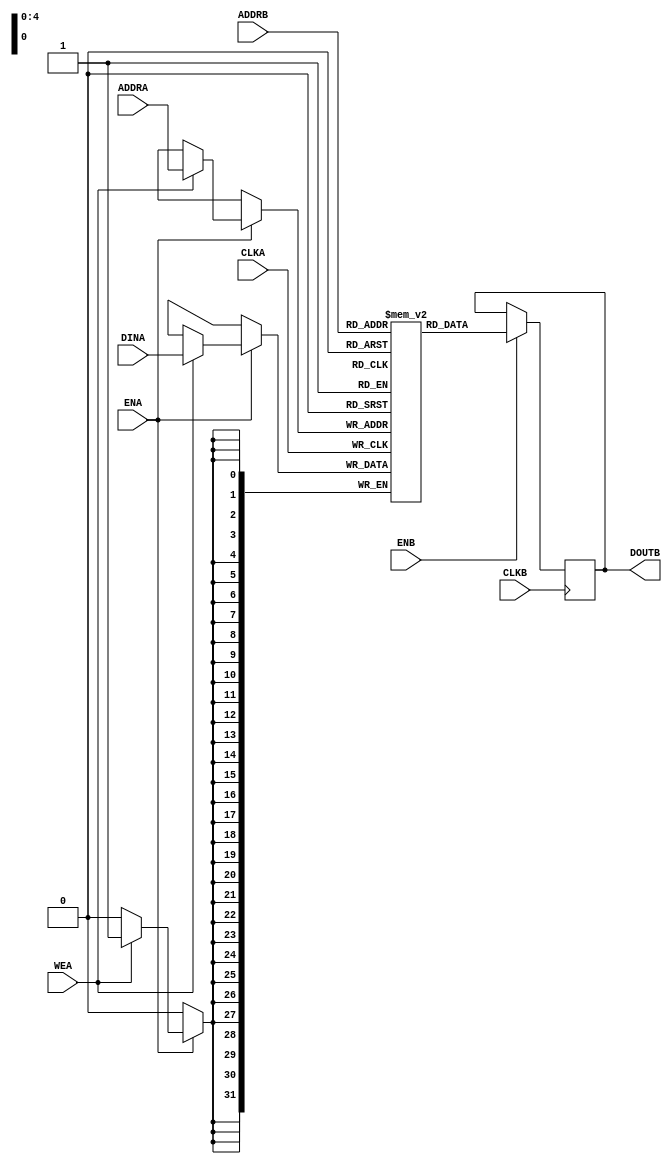
module SDPRAM#(
    parameter DWIDTH = 32,
    parameter AWIDTH =  5)(
    /*================ Port A ================*/
    input  wire CLKA,
    input  wire ENA,
    input  wire WEA,
    input  wire [(AWIDTH - 1):0] ADDRA,
    input  wire [(DWIDTH - 1):0] DINA,
    /*================ Port B ================*/
    input  wire CLKB,
    input  wire ENB,
    input  wire [(AWIDTH - 1):0] ADDRB,
    output wire [(DWIDTH - 1):0] DOUTB
    );

    reg     [(DWIDTH - 1):0] memory[((1 << AWIDTH) - 1):0];
    reg     [(DWIDTH - 1):0] b_reg;
    integer                  i;

    assign DOUTB = b_reg;

    initial begin
        for(i = 0;i < (1 << AWIDTH); i = i + 1)
            memory[i] <= {DWIDTH{1'h0}};
        b_reg <= {DWIDTH{1'h0}};
    end

    always @(posedge CLKA) begin
        if (ENA) begin
            if (WEA) memory[ADDRA] <= DINA;
        end
    end

    always @(posedge CLKB) begin
        if (ENB) b_reg <= memory[ADDRB];
    end

endmodule